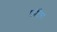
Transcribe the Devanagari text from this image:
फ्रोंटेरा